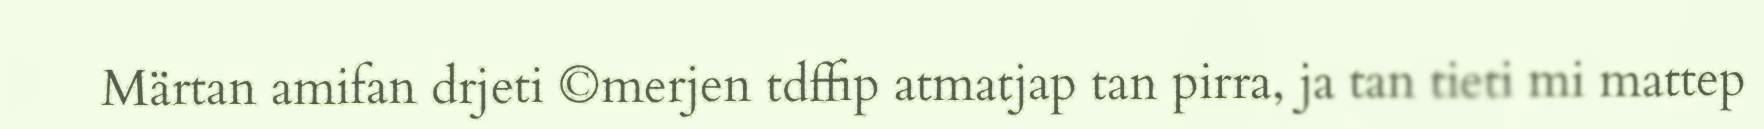
Märtan amifan drjeti ©merjen tdffip atmatjap tan pirra, ja tan tieti mi mattep